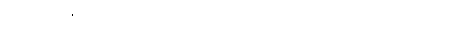
အောက်မေ့ခြင်းသတိတည်းဟူသောအကြောင်းသည်။ သတိ၊ ရှိသော်။ တတြ တတြေဝ၊